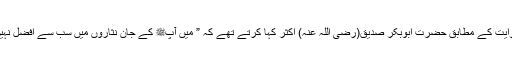
ایک روایت کے مطابق حضرت ابوبکر صدیق(رضی اللہ عنہ) اکثر کہا کرتے تھے کہ ” میں آپﷺ کے جان نثاروں میں سب سے افضل نہیں ہوں ۔